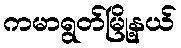
ကမာရွတ်မြို့နယ်